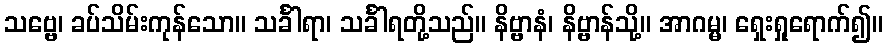
သဗ္ဗေ၊ ခပ်သိမ်းကုန်သော။ သင်္ခါရာ၊ သင်္ခါရတို့သည်။ နိဗ္ဗာနံ၊ နိဗ္ဗာန်သို့။ အာဂမ္မ၊ ရှေးရှုရောက်၍။